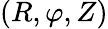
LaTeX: (R,\varphi,Z)